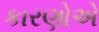
કારણોએ